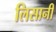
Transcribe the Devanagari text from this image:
लिसानी